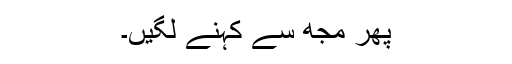
پھر مجھ سے کہنے لگیں۔